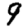
Digit: 9